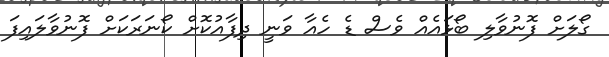
ގޯލަށް ފޮނުވާލި ބޯޅައެއް ވެސް ޑެ ހެއާ ވަނީ ދިފާއުކޮށް ކޯނަރަކަށް ފޮނުވާލައިފަ